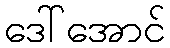
ဒေါ်အောင်